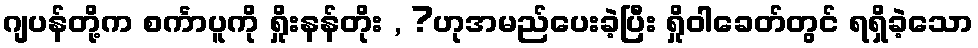
ဂျပန်တို့က စင်္ကာပူကို ရှိုးနန်တိုး , ?ဟုအမည်ပေးခဲ့ပြီး ရှိုဝါခေတ်တွင် ရရှိခဲ့သော